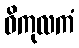
ဝိကုလကံ